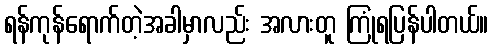
ရန်ကုန်ရောက်တဲ့အခါမှာလည်း အလားတူ ကြုံရပြန်ပါတယ်။